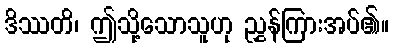
ဒိဿတိ၊ ဤသို့သောသူဟု ညွှန်ကြားအပ်၏။